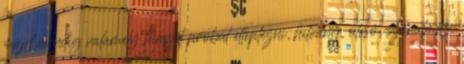
majd mindig valamely hiányt próbál elleplezni, hitvány, olcsó, szánalmas.